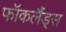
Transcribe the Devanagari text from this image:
फॉकलैंड्स